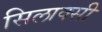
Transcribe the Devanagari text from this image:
सिलाक्सी